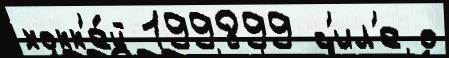
хокк'е́й 199899 с'ил'е о